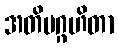
အတိပဂ္ဂဟိတာ